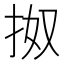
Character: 𢫓